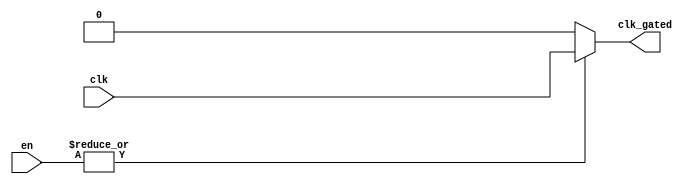
module clock_gating(
    input wire clk,            // Primary clock signal
    input wire [N-1:0] en,    // Enable signals (N can be adjusted)
    output wire clk_gated      // Gated clock signal output
);
    
    // Parameter to define the number of enable signals
    parameter N = 4; // You can adjust N as needed

    // OR gate logic to combine enable signals
    wire enable_any;
    
    // This OR gate checks if any of the enable signals are high
    assign enable_any = |en; // Bitwise OR of all enable signals

    // Gated clock logic
    assign clk_gated = enable_any ? clk : 1'b0; // If any enable is high, pass clk, otherwise output 0

endmodule